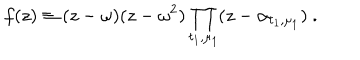
LaTeX: f ( z ) \equiv ( z - \omega ) ( z - \omega ^ { 2 } ) \prod _ { t _ { 1 } , \mu _ { 1 } } ( z - \alpha _ { t _ { 1 } , \mu _ { 1 } } ) \ .